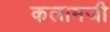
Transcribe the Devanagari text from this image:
कलामजी